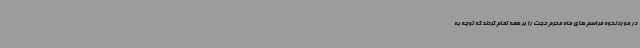
در مورد نحوه مراسم های ماه محرم حجت را بر همه تمام کردند که توجه به